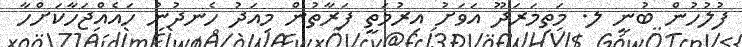
ފުލުހުން ބުނީ ލ. މަތިމަރަދޫ އަވަށު އިރުމަތީ ފަރާތުން މިއަދު ހެނދުނު ހައެއްޖަހާކަށްހާ